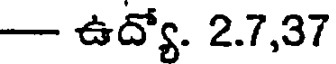
- ఉద్యో. 2.7,37